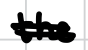
Text: the
Cross-out: double-line
Writing tool: digital_black